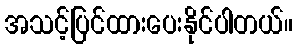
အသင့်ပြင်ထားပေးနိုင်ပါတယ်။